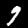
Label: 9